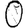
Digit: 0